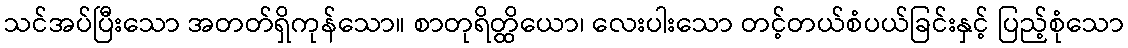
သင်အပ်ပြီးသော အတတ်ရှိကုန်သော။ စာတုရိတ္ထိယော၊ လေးပါးသော တင့်တယ်စံပယ်ခြင်းနှင့် ပြည့်စုံသော